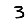
Digit: 3